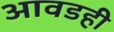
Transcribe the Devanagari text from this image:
आवडही